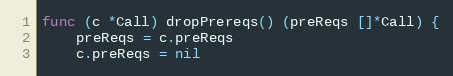
Language: Go
func (c *Call) dropPrereqs() (preReqs []*Call) {
	preReqs = c.preReqs
	c.preReqs = nil